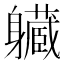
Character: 𨊙